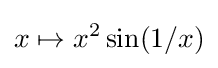
x\mapsto x^{2}\sin(1/x)